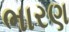
ભારણ